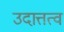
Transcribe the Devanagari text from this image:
उदात्तत्व